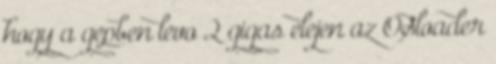
hogy a gepben levo 2 gigas elejen az OSloader